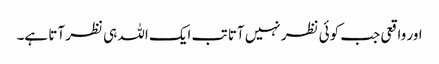
اور واقعی جب کوئی نظر نہیں آتا تب ایک اللہ ہی نظر آتا ہے۔